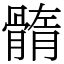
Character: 䯝